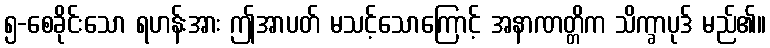
၅-စေခိုင်းသော ရဟန်းအား ဤအာပတ် မသင့်သောကြောင့် အနာဏတ္တိက သိက္ခာပုဒ် မည်၏။